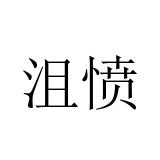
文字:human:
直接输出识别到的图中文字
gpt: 沮愤